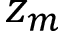
z _ { m }